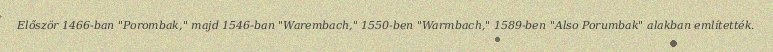
Először 1466-ban "Porombak," majd 1546-ban "Warembach," 1550-ben "Warmbach," 1589-ben "Also Porumbak" alakban említették.